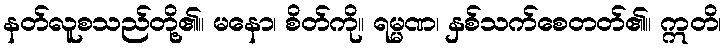
နတ်လူစသည်တို့၏။ မနော၊ စိတ်ကို။ ရမ္မဏ၊ နှစ်သက်စေတတ်၏။ ဣတိ၊